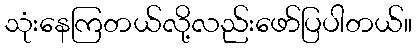
သုံးနေကြတယ်လို့လည်းဖော်ပြပါတယ်။